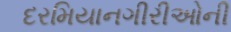
દરમિયાનગીરીઓની